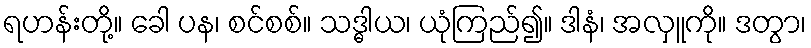
ရဟန်းတို့။ ခေါ ပန၊ စင်စစ်။ သဒ္ဓါယ၊ ယုံကြည်၍။ ဒါနံ၊ အလှူကို။ ဒတွာ၊